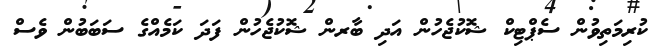
ކުރިމަތިވުން ސެޕްޓިކް ޝޮކުޖެހުން އަދި ބާރން ޝޮކުޖެހުން ފަދަ ކަމެއްގެ ސަބަބުން ވެސް